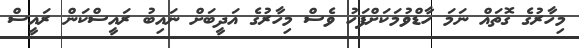
މިހާރުގެ ގޮތައް ނަމަ ހާޑްވުމަކަށްފަހު ވެސް މިހާރުގެ އަދީބަށް ނައިބު ރައީސްކަން ރައީސް